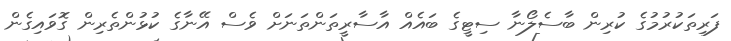
ފަރިތަކުރުމުގެ ކުރިން ބާސެލޯނާ ސިޓީގެ ބައެއް އާސާރީތަންތަނަށް ވެސް އޭނާގެ ކުޅުންތެރިން ގޮވައިގެން